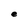
Character: e